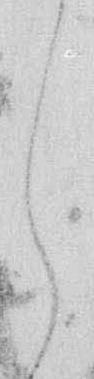
し